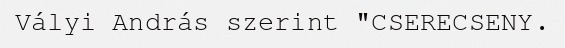
Vályi András szerint "CSERECSENY.